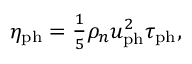
\begin{array} { r } { \eta _ { \mathrm { p h } } = \frac { 1 } { 5 } \rho _ { n } u _ { \mathrm { p h } } ^ { 2 } \tau _ { \mathrm { p h } } , } \end{array}